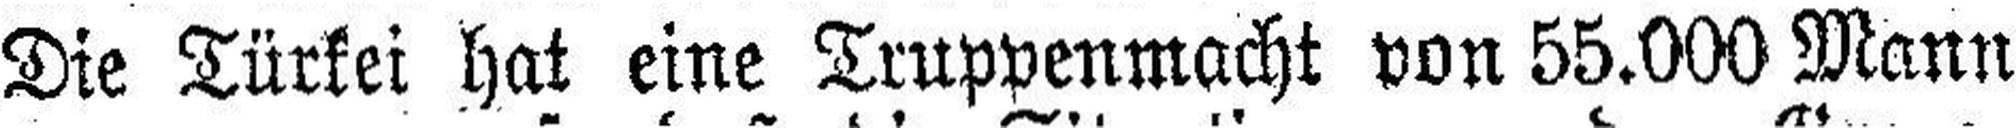
Die Türkei hat eine Truppenmacht von 55.000 Mann